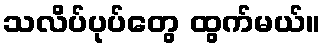
သလိပ်ပုပ်တွေ ထွက်မယ်။